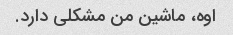
اوه، ماشین من مشکلی دارد.